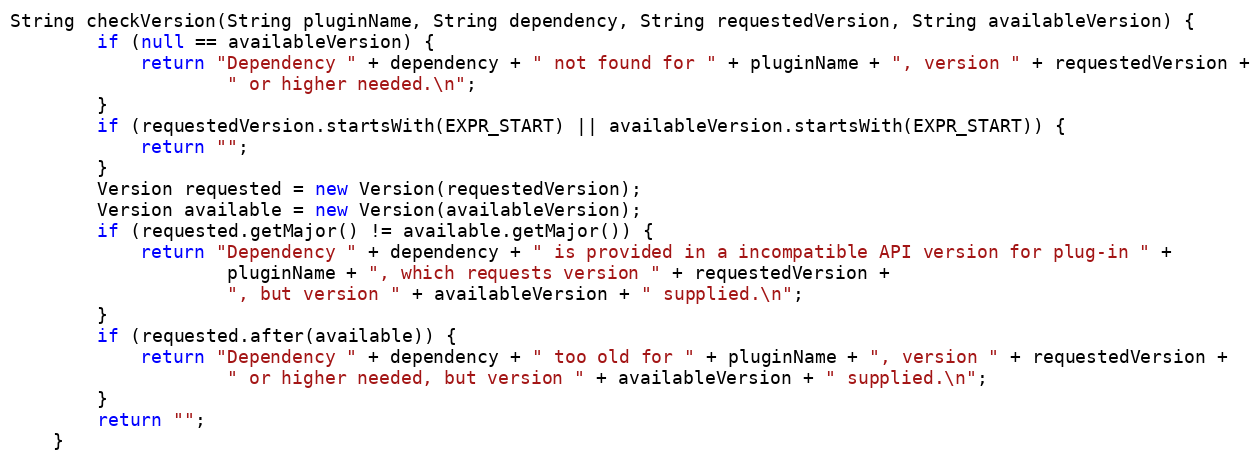
Language: Java
String checkVersion(String pluginName, String dependency, String requestedVersion, String availableVersion) {
		if (null == availableVersion) {
			return "Dependency " + dependency + " not found for " + pluginName + ", version " + requestedVersion +
					" or higher needed.\n";
		}
		if (requestedVersion.startsWith(EXPR_START) || availableVersion.startsWith(EXPR_START)) {
			return "";
		}
		Version requested = new Version(requestedVersion);
		Version available = new Version(availableVersion);
		if (requested.getMajor() != available.getMajor()) {
			return "Dependency " + dependency + " is provided in a incompatible API version for plug-in " +
					pluginName + ", which requests version " + requestedVersion +
					", but version " + availableVersion + " supplied.\n";
		}
		if (requested.after(available)) {
			return "Dependency " + dependency + " too old for " + pluginName + ", version " + requestedVersion +
					" or higher needed, but version " + availableVersion + " supplied.\n";
		}
		return "";
	}